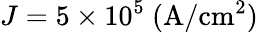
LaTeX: J=5\times 10^{5}~\mathrm{(A/cm^{2})}